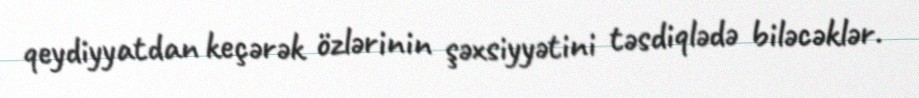
qeydiyyatdan keçərək özlərinin şəxsiyyətini təsdiqlədə biləcəklər.